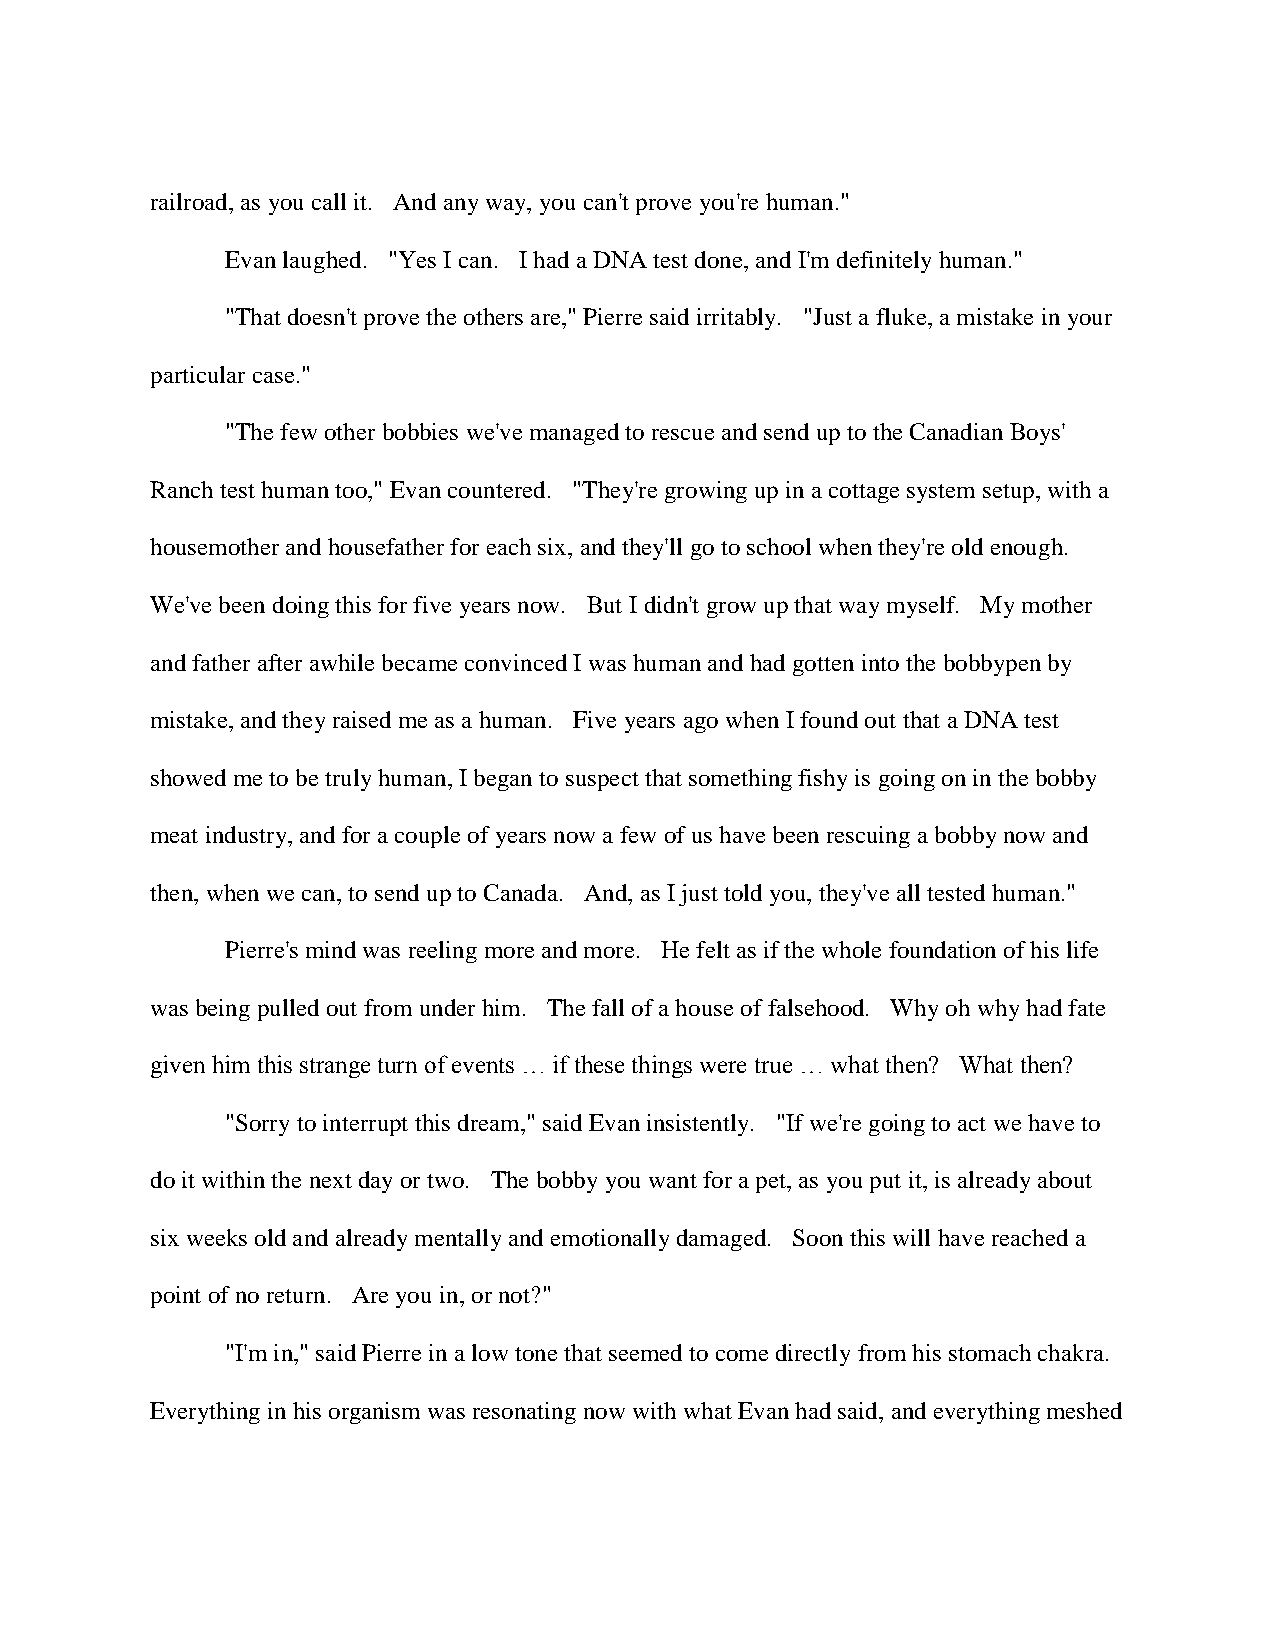
railroad, as you call it. And any way, you can't prove you're human."
 Evan laughed. "Yes I can. I had a DNA test done, and I'm definitely human."
 "That doesn't prove the others are," Pierre said irritably. "Just a fluke, a mistake in your
 particular case."
 "The few other bobbies we've managed to rescue and send up to the Canadian Boys'
 Ranch test human too," Evan countered. "They're growing up in a cottage system setup, with a
 housemother and housefather for each six, and they'll go to school when they're old enough.
 We've been doing this for five years now. But I didn't grow up that way myself. My mother
 and father after awhile became convinced I was human and had gotten into the bobbypen by
 mistake, and they raised me as a human. Five years ago when I found out that a DNA test
 showed me to be truly human, I began to suspect that something fishy is going on in the bobby
 meat industry, and for a couple of years now a few of us have been rescuing a bobby now and
 then, when we can, to send up to Canada. And, as I just told you, they've all tested human."
 Pierre's mind was reeling more and more. He felt as if the whole foundation of his life
 was being pulled out from under him. The fall of a house of falsehood. Why oh why had fate
 given him this strange turn of events … if these things were true … what then? What then?
 "Sorry to interrupt this dream," said Evan insistently. "If we're going to act we have to
 do it within the next day or two. The bobby you want for a pet, as you put it, is already about
 six weeks old and already mentally and emotionally damaged. Soon this will have reached a
 point of no return. Are you in, or not?"
 "I'm in," said Pierre in a low tone that seemed to come directly from his stomach chakra.
 Everything in his organism was resonating now with what Evan had said, and everything meshed